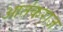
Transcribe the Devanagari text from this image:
आतंकराज